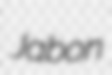
Jabon